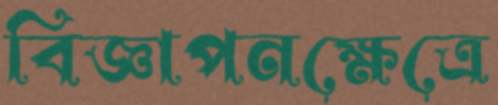
বিজ্ঞাপনক্ষেত্রে